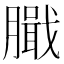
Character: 𦠾